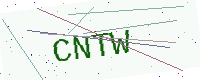
Text: CNTW